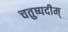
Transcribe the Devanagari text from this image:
चतुष्पदीम्